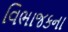
વિભાજકના